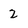
Character: 2